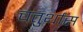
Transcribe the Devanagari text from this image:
चतुर्थांस